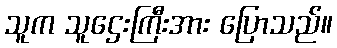
သူက သူဌေးကြီးအား ပြောသည်။